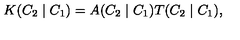
K ( C _ { 2 } \mid C _ { 1 } ) = A ( C _ { 2 } \mid C _ { 1 } ) T ( C _ { 2 } \mid C _ { 1 } ) ,